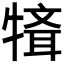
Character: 𤛄